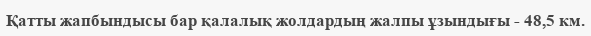
Қатты жапбындысы бар қалалық жолдардың жалпы ұзындығы - 48,5 км.